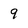
Character: 9